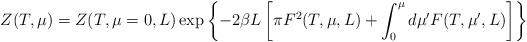
LaTeX: \begin{align*}Z(T,\mu)= Z(T,\mu=0,L)\exp \left\{-2\beta L\left[ \pi F^2 (T,\mu,L)+\int_0^\mu d\mu'F(T,\mu',L)\right]\right\}\end{align*}